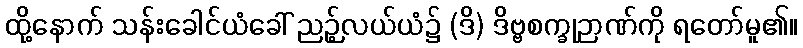
ထို့နောက် သန်းခေါင်ယံခေါ် ညဉ့်လယ်ယံ၌ (ဒိ) ဒိဗ္ဗစက္ခုဉာဏ်ကို ရတော်မူ၏။